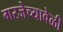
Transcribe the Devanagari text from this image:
गरजेच्यावेळी